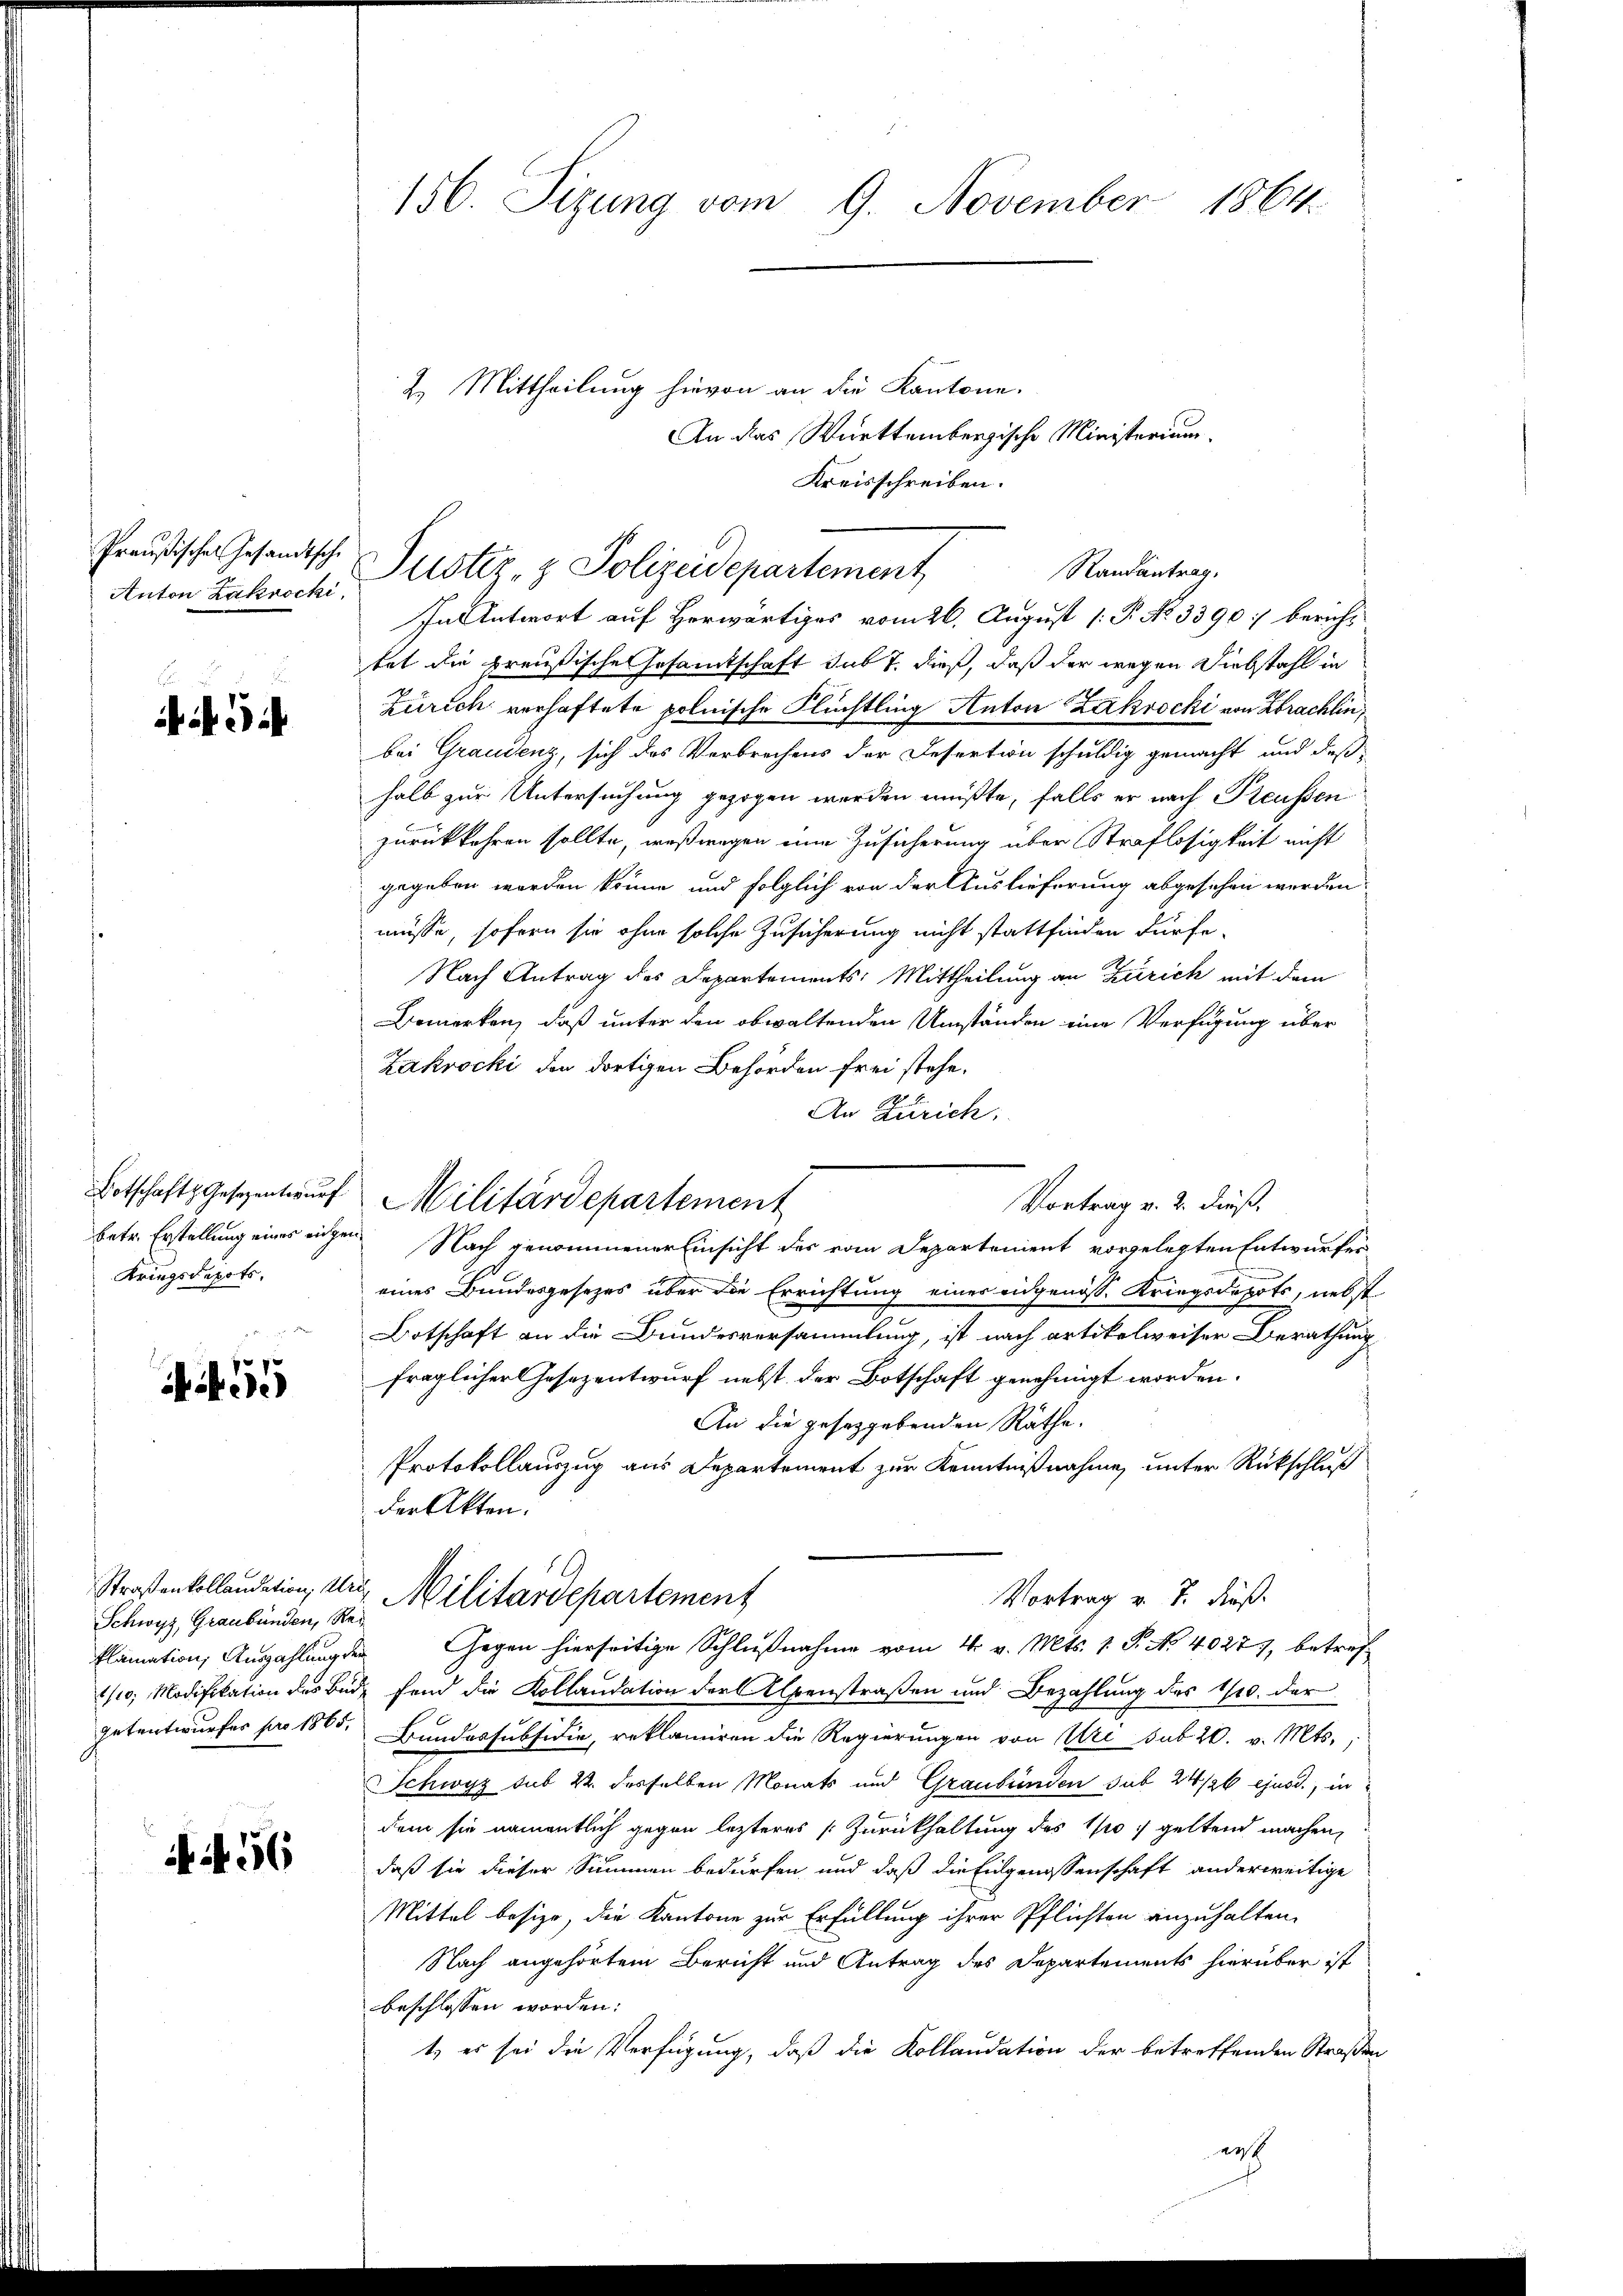
Preußischen Gesandtsche
Anton Zakrocki,

Gi

Botschaft Gesezentwurf
Kriegsdepots.

455

Straßenkollaudation, Uri,
Schwyz, Graubünden, Rei

456

156. Sizung vom 9. November 1864

2. Mittheilung hievon an die Kantone.
Justiz- & Polizeidepartement

An das Württembergische Ministerium.
Kreisschreiben.
In Antwort auf Herwärtiges vom 26. August [ P. No. 3390:/ berichtet die preußische Gesamtschaft sub 7. dieß, daß der wegen Diebstahl in
Zürich verhaftete polnische Flüchtling Anton Zakrocki von brachlin,
bei Graudenz, sich das Verbrechens der Desertion schuldig gemacht und daß
halb zur Untersuchung gezogen werden müßte, falls er nach Preussen
zurückkehren sollte, weßwegen eine Zusicherung über Straflosigkeit nicht
gegeben worden könne und folglich von der Auslieferung abgesehen werden.
müsse, sofern sie ohne solche Zusicherung nicht stattfinden dürfe.
Nach Antrag des Departements: Mittheilung an Zürich mit dem
Bemerken, daß unter den obwaltenden Umständen eine Verfügung über
Zakrocki den dortigen Behörden frei stehe.
An Zürich.
Vortrag v. 2. dieß,
betr. Erstellung eines eigen Nach genommener Einsicht des vom Departement vorgelegten Entwurfes
eines Bundesgesetzes über die Errichtung einer eidgenöss. Kriegsdepots, nebst
Botschaft an die Bundesversammlung, ist nach artikelweiser Berathung
fraglicher Gesezentwurf nebst der Botschaft genehmigt worden.
An die geseggebenden Räthe.
Protokollauszug aus Departement zur Kenntnißnahme unter Rückschluß
der Akten.
Vortrag v. J. Fuß.
Militärdepartement
Elamation, Auszahlung der Gegen hierseitige Schlußnahme vom 4. v. Mts. 1. P. No 40277, betref¬
2/10, Modifikation des Bude fand die Kollaudation der Alpenstraßen und Bezahlung des 1/10. der
petentwurfer pro 1865. Bundessubsidie, reklamiren die Regierungen von Uri sub 20. v. Mts.,
Schwyz sub 22. desselben Monats und Graubünden sub 24/26 ejusd., in
dem sie namentlich gegen lezteres Zurückhaltung des 10 geltend machen,
daß sie dieser Summen bedürfen und daß die Eingenossenschaft anderweitige
Mittel besizo, die Kantone zur Erfüllung ihrer Pflichten anzuhalten.
Nach angehörtem Bericht und Antrag des Departements hierüber ist
beschlossen worden:
t, es sei die Verfügung, daß die Kollaudation der betreffenden Straßen
er

Militärdepartement

Randantrag.